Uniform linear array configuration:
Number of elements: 12
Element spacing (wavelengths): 1
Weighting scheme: blackman
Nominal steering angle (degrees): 30
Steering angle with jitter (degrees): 29.611
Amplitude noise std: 0.05
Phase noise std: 0.05

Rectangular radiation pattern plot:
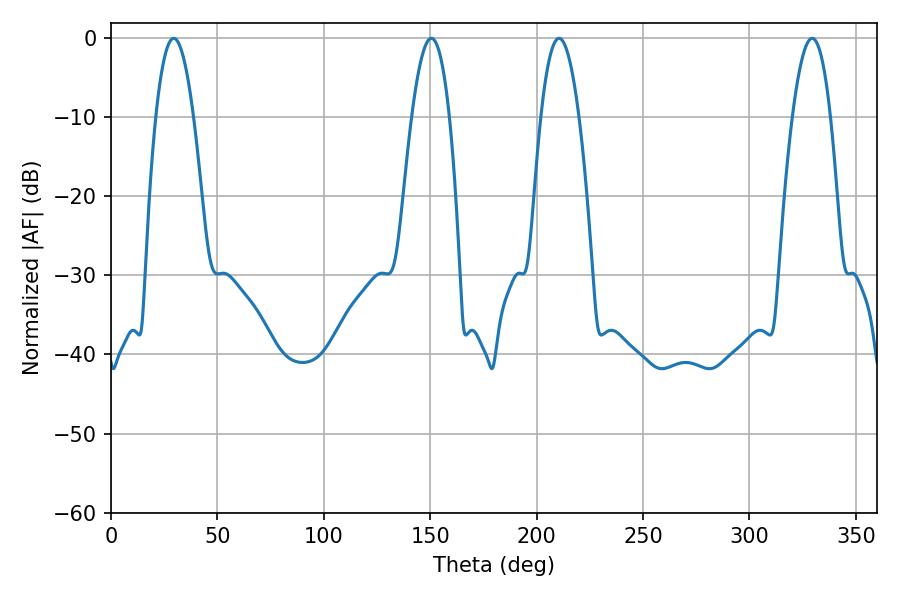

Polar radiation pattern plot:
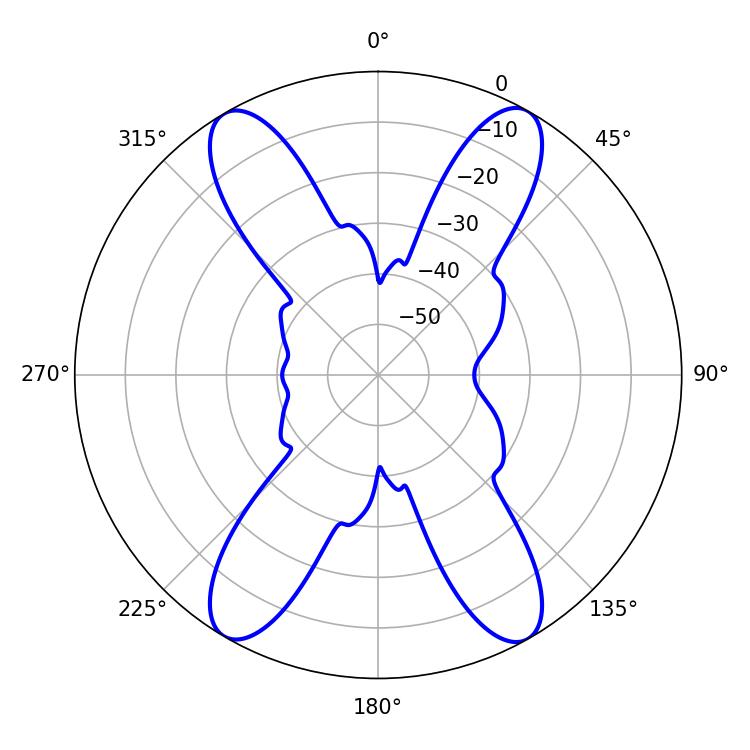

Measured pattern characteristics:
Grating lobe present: TRUE
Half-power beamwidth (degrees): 9.72
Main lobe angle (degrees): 29.52